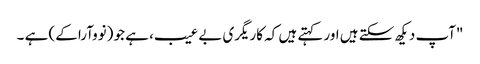
"آپ دیکھ سکتے ہیں اور کہتے ہیں کہ کاریگری بے عیب، ہے جو (نووآرا کے) ہے ۔